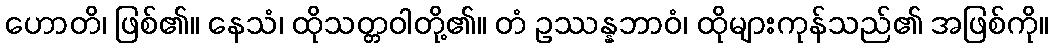
ဟောတိ၊ ဖြစ်၏။ နေသံ၊ ထိုသတ္တဝါတို့၏။ တံ ဥဿန္နဘာဝံ၊ ထိုများကုန်သည်၏ အဖြစ်ကို။